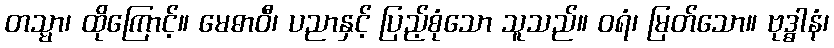
တသ္မာ၊ ထိုကြောင့်။ မေဓာဝီ၊ ပညာနှင့် ပြည့်စုံသော သူသည်။ ဝရံ၊ မြတ်သော။ ဗုဒ္ဓါနံ၊